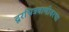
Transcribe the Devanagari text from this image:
दूरचित्रवाणीवरचा